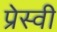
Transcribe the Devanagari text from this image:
प्रेस्वी